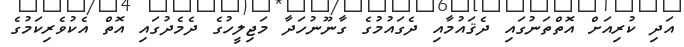
އަދި ކުރިއަށް އޮތްތަނުގައި ދެޤައުމާއި ދެގައުމުގެ ގާނޫނުހަދާ މަޖިލީހުގެ ދެމެދުގައި އޮތް އެކުވެރިކަމުގެ